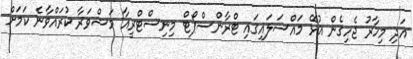
އަދި މިހާރު ޖެހިގެން އުޅޭ މައްސަލައިގައި ޓްރާންސްޕޯޓް މިނިސްޓްރީއާ މަޝްވަރާ ކުރައްވާނެ ކަމަށް